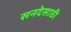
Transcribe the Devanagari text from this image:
सनदेसाठी